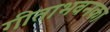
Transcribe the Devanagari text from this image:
गीताभवनका